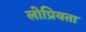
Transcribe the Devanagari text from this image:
लोप्रियता